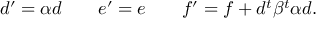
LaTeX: d ^ { \prime } = \alpha d \; \; \; \; \; \; \; e ^ { \prime } = e \; \; \; \; \; \; \; f ^ { \prime } = f + d ^ { t } \beta ^ { t } \alpha d .